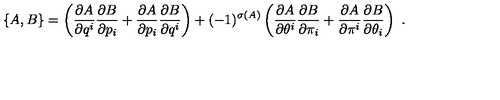
\left\{ A , B \right\} = \left( \frac { \partial A } { \partial q ^ { i } } \frac { \partial B } { \partial p _ { i } } + \frac { \partial A } { \partial p _ { i } } \frac { \partial B } { \partial q ^ { i } } \right) + ( - 1 ) ^ { \sigma ( A ) } \left( \frac { \partial A } { \partial \theta ^ { i } } \frac { \partial B } { \partial \pi _ { i } } + \frac { \partial A } { \partial \pi ^ { i } } \frac { \partial B } { \partial \theta _ { i } } \right) \ .